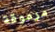
مرموقة